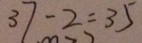
3 7 - 2 = 3 5